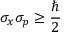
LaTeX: \sigma _ { x } \sigma _ { p } \geq { \frac { \hbar } { 2 } } ~